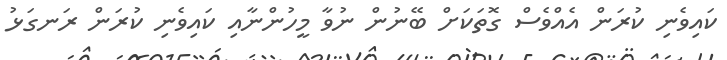
ކައިވެނި ކުރަން އެއްވެސް ގޮތަކަށް ބޭނުން ނުވާ މީހުންނާއި ކައިވެނި ކުރަން ރަނގަޅު